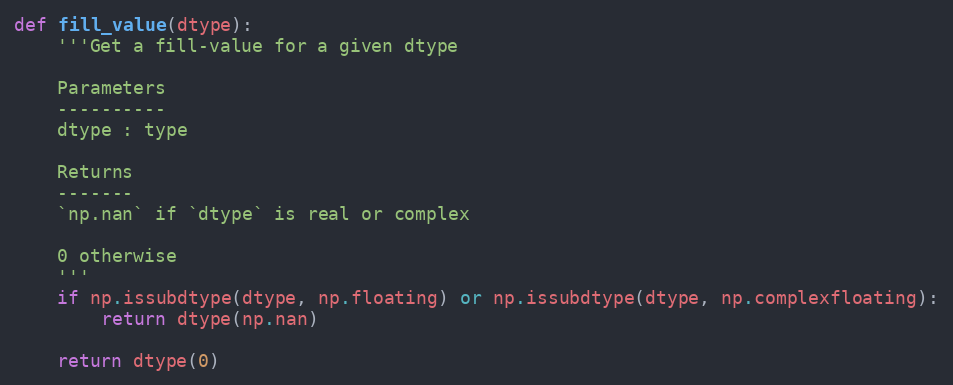
Language: Python
def fill_value(dtype):
    '''Get a fill-value for a given dtype

    Parameters
    ----------
    dtype : type

    Returns
    -------
    `np.nan` if `dtype` is real or complex

    0 otherwise
    '''
    if np.issubdtype(dtype, np.floating) or np.issubdtype(dtype, np.complexfloating):
        return dtype(np.nan)

    return dtype(0)